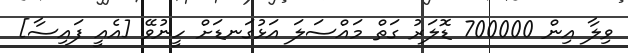
ވިލާ އިން 700000 ޑޮލަރު ގަތް މައްސަލަ އަޅުގަނޑަށް ހީނުވޭ [އެއީ ފައިސާ]